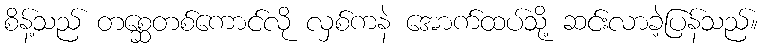
စိန့်သည် တစ္ဆေတစ်ကောင်လို လှစ်ကနဲ အောက်ထပ်သို့ ဆင်းလာခဲ့ပြန်သည်။